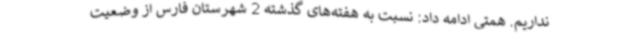
نداریم. همتی ادامه داد: نسبت به هفته‌های گذشته 2 شهرستان فارس از وضعیت